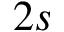
2 s